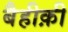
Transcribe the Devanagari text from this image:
बैहीक़ी